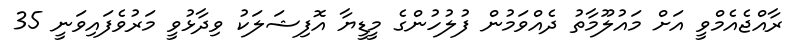
ރާއްޖެއެމްވީ އަށް މައުލޫމާތު ދެއްވަމުން ފުލުހުންގެ މީޑީޔާ އޮފިޝަލަކު ވިދާޅުވީ މަރުވެފައިވަނީ 35